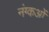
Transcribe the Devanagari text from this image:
नंग्‍कओं